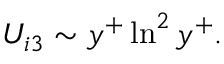
U _ { i 3 } \sim y ^ { + } \ln ^ { 2 } y ^ { + } .